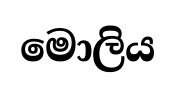
මොලිය